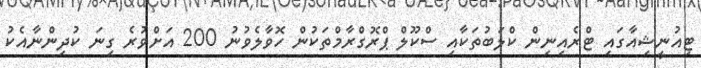
ޓިއުނީޝިއާގައި ޓްރެއިނިން ކްލަބުތަކާއި ސްކޫލް ޕްރޮގްރާމްތަކުން ހޮވާލެވުނު 200 އަށްވުރެ ގިނަ ކުދިންނާއެކު